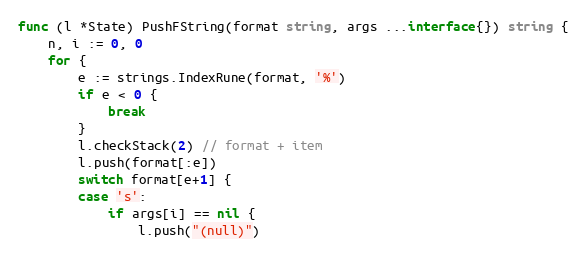
Language: Go
func (l *State) PushFString(format string, args ...interface{}) string {
	n, i := 0, 0
	for {
		e := strings.IndexRune(format, '%')
		if e < 0 {
			break
		}
		l.checkStack(2) // format + item
		l.push(format[:e])
		switch format[e+1] {
		case 's':
			if args[i] == nil {
				l.push("(null)")